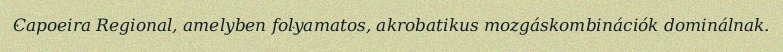
Capoeira Regional, amelyben folyamatos, akrobatikus mozgáskombinációk dominálnak.